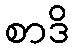
စာဒိ